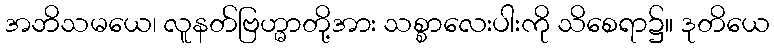
အဘိသမယေ၊ လူနတ်ဗြဟ္မာတို့အား သစ္စာလေးပါးကို သိစေရာ၌။ ဒုတိယေ